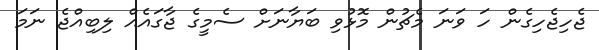
ޖެހިޖެހިގެން ހަ ވަނަ މެޗުން މޮޅުވި ބަޔާނަށް ސެމީގެ ޖާގައެއް ލިބިއްޖެ ނަމަ